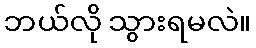
ဘယ်လို သွားရမလဲ။